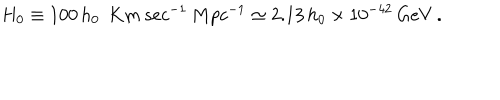
LaTeX: H _ { 0 } \equiv 1 0 0 \, h _ { 0 } \ \, K m \, s e c ^ { - 1 } \, M p c ^ { - 1 } \simeq 2 . 1 3 \, h _ { 0 } \times 1 0 ^ { - 4 2 } \, G e V \, .